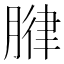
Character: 𫆧